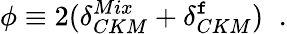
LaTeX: \phi\equiv2(\delta_{CKM}^{Mix}+\delta_{CKM}^{\mathtt{f}})\; \; .